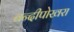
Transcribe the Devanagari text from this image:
बन्दीपोखरा